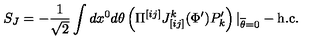
S _ { J } = - { \frac { 1 } { \sqrt 2 } } \int d x ^ { 0 } d \theta \left( \Pi ^ { [ i j ] } J _ { [ i j ] } ^ { k } ( \Phi ^ { \prime } ) P _ { k } ^ { \prime } \right) | _ { \overline { { \theta } } = 0 } - \mathrm { h . c . }